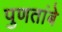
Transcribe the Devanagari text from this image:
पुणतांबे